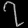
Digit: ၇